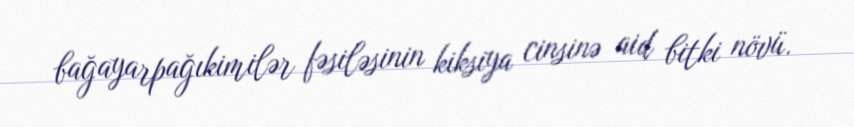
bağayarpağıkimilər fəsiləsinin kiksiya cinsinə aid bitki növü.